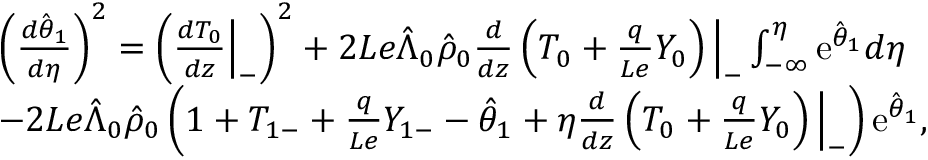
\begin{array} { r l } & { \left( \frac { d \hat { \theta } _ { 1 } } { d \eta } \right) ^ { 2 } = \left( \frac { d { T } _ { 0 } } { d z } \Big | _ { - } \right) ^ { 2 } + 2 L e \hat { \Lambda } _ { 0 } \hat { \rho } _ { 0 } \frac { d } { d z } \left( { T } _ { 0 } + \frac { q } { L e } { Y } _ { 0 } \right) \Big | _ { - } \int _ { - \infty } ^ { \eta } \mathrm { e } ^ { \hat { \theta } _ { 1 } } d \eta } \\ & { - 2 L e \hat { \Lambda } _ { 0 } \hat { \rho } _ { 0 } \left( 1 + { T } _ { 1 - } + \frac { q } { L e } { Y } _ { 1 - } - \hat { \theta } _ { 1 } + \eta \frac { d } { d z } \left( { T } _ { 0 } + \frac { q } { L e } { Y } _ { 0 } \right) \Big | _ { - } \right) \mathrm { e } ^ { \hat { \theta } _ { 1 } } , } \end{array}